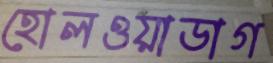
হোলওয়াডাগ